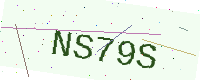
Text: NS79S